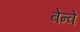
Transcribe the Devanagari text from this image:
बेन्वे